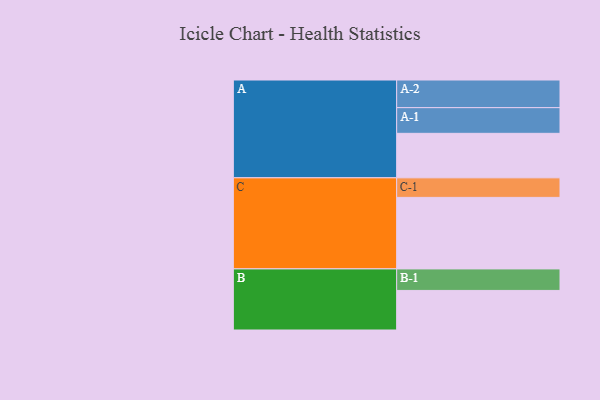
{"axis": {"x": "Segment", "y": "Value"}, "legend": ["", "A", "B", "C"], "data": [{"x": "A", "y": 362, "type": ""}, {"x": "B", "y": 322, "type": ""}, {"x": "C", "y": 582, "type": ""}, {"x": "A-1", "y": 209, "type": "A"}, {"x": "A-2", "y": 225, "type": "A"}, {"x": "B-1", "y": 175, "type": "B"}, {"x": "C-1", "y": 159, "type": "C"}]}